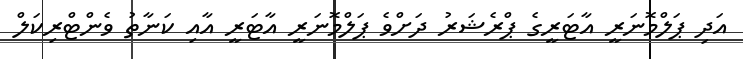
އަދި ޕަލްމޮނަރީ އާޓަރީގެ ޕްރެޝަރު ދަށްވެ ޕަލްމޮނަރީ އާޓަރީ އާއި ކަނާތު ވެންޓްރިކަލް